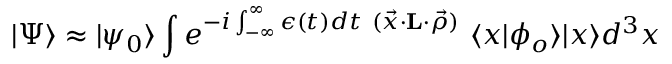
| \Psi \rangle \approx | \psi _ { 0 } \rangle \int e ^ { - i \int _ { - \infty } ^ { \infty } \epsilon ( t ) d t { } ~ ( \vec { x } \cdot { \bf L } \cdot \vec { \rho } ) } ~ \langle x | \phi _ { o } \rangle | x \rangle d ^ { 3 } x